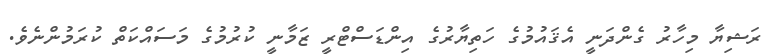
ރަޝިޔާ މިހާރު ގެންދަނީ އެޤައުމުގެ ހަތިޔާރުގެ އިންޑަސްޓްރީ ޒަމާނީ ކުރުމުގެ މަސައްކަތް ކުރަމުންނެވެ.